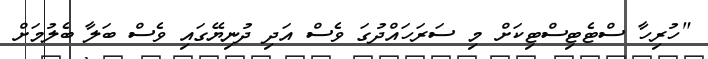
"ހުރިހާ ސްޓެޓިސްޓިކަށް މި ސަރަހައްދުގަ ވެސް އަދި ދުނިޔޭގައި ވެސް ބަލާ ބެލުމަށް